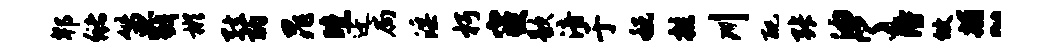
郫储笛戮彬弦酌晁曛迁扃淫朽寝歇涪于税拄川配张油了得攸捕~